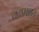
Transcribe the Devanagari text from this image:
तद्पश्चात